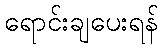
ရောင်းချပေးရန်